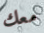
معك